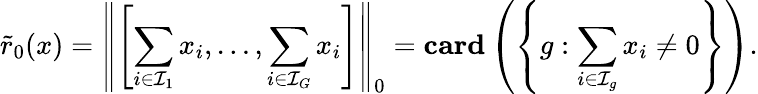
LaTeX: \tilde{r}_{0}(x)=\left\| \left[\sum_{i\in\mathcal{I}_{1}}x_{i},\ldots,\sum_{i\in\mathcal{I}_{G}}x_{i}\right]\right\| _{0}=\mathbf{card}\left(\left\{ g:\sum_{i\in\mathcal{I}_{g}}x_{i}\neq 0\right\} \right).